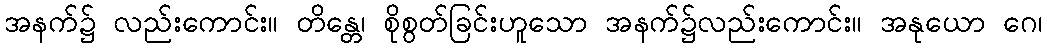
အနက်၌ လည်းကောင်း။ တိန္တေ၊ စိုစွတ်ခြင်းဟူသော အနက်၌လည်းကောင်း။ အနုယော ဂေ၊